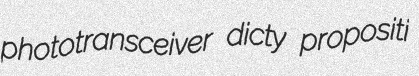
phototransceiver dicty propositi